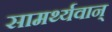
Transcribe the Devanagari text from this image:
सामर्थ्यवान्